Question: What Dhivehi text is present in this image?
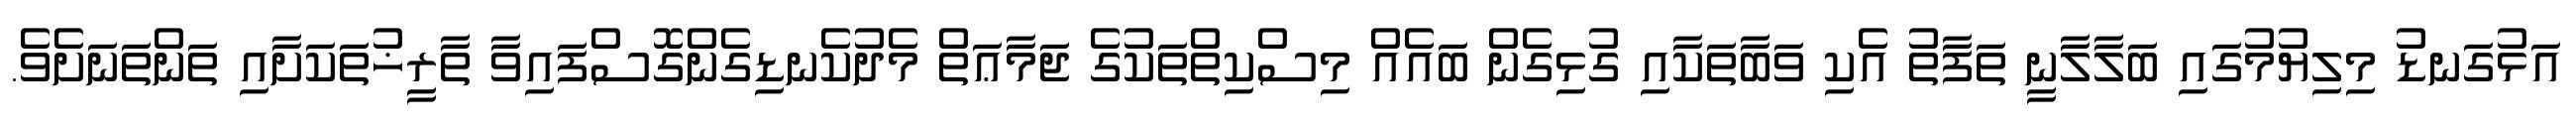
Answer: އަޅުގަނޑު މިލިޔުމުގައި ބަލާލާނީ ތަފާތު އެކި ވަބާތަކާއި ގުޅިގެން ބައެއް މިސްކިތްތަކުގެ ޖަމާޢަތް މެދުކެނޑިގެންގޮސްފައިވާ ތާރީޚުތަކަށާއި ތަންތަނަށެވެ.